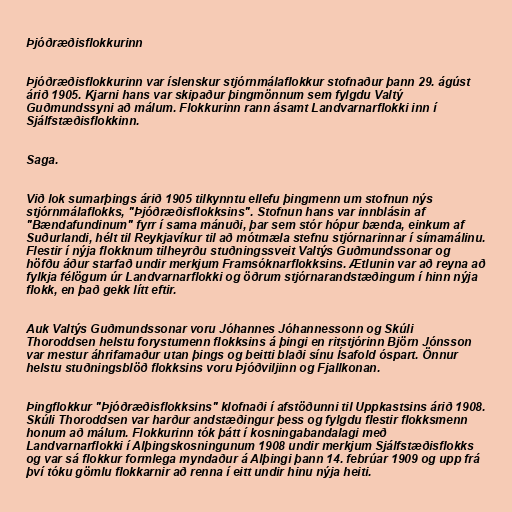
Þjóðræðisflokkurinn

Þjóðræðisflokkurinn var íslenskur stjórnmálaflokkur stofnaður þann 29. ágúst
árið 1905. Kjarni hans var skipaður þingmönnum sem fylgdu Valtý
Guðmundssyni að málum. Flokkurinn rann ásamt Landvarnarflokki inn í
Sjálfstæðisflokkinn.

Saga.

Við lok sumarþings árið 1905 tilkynntu ellefu þingmenn um stofnun nýs
stjórnmálaflokks, "Þjóðræðisflokksins". Stofnun hans var innblásin af
"Bændafundinum" fyrr í sama mánuði, þar sem stór hópur bænda, einkum af
Suðurlandi, hélt til Reykjavíkur til að mótmæla stefnu stjórnarinnar í símamálinu.
Flestir í nýja flokknum tilheyrðu stuðningssveit Valtýs Guðmundssonar og
höfðu áður starfað undir merkjum Framsóknarflokksins. Ætlunin var að reyna að
fylkja félögum úr Landvarnarflokki og öðrum stjórnarandstæðingum í hinn nýja
flokk, en það gekk lítt eftir.

Auk Valtýs Guðmundssonar voru Jóhannes Jóhannessonn og Skúli
Thoroddsen helstu forystumenn flokksins á þingi en ritstjórinn Björn Jónsson
var mestur áhrifamaður utan þings og beitti blaði sínu Ísafold óspart. Önnur
helstu stuðningsblöð flokksins voru Þjóðviljinn og Fjallkonan.

Þingflokkur "Þjóðræðisflokksins" klofnaði í afstöðunni til Uppkastsins árið 1908.
Skúli Thoroddsen var harður andstæðingur þess og fylgdu flestir flokksmenn
honum að málum. Flokkurinn tók þátt í kosningabandalagi með
Landvarnarflokki í Alþingskosningunum 1908 undir merkjum Sjálfstæðisflokks
og var sá flokkur formlega myndaður á Alþingi þann 14. febrúar 1909 og upp frá
því tóku gömlu flokkarnir að renna í eitt undir hinu nýja heiti.